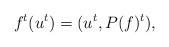
LaTeX: \begin{align*}f^t(u^t)=(u^t, P(f)^t),\end{align*}